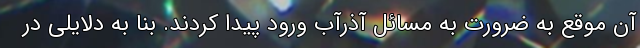
آن موقع به ضرورت به مسائل آذرآب ورود پیدا کردند. بنا به دلایلی در